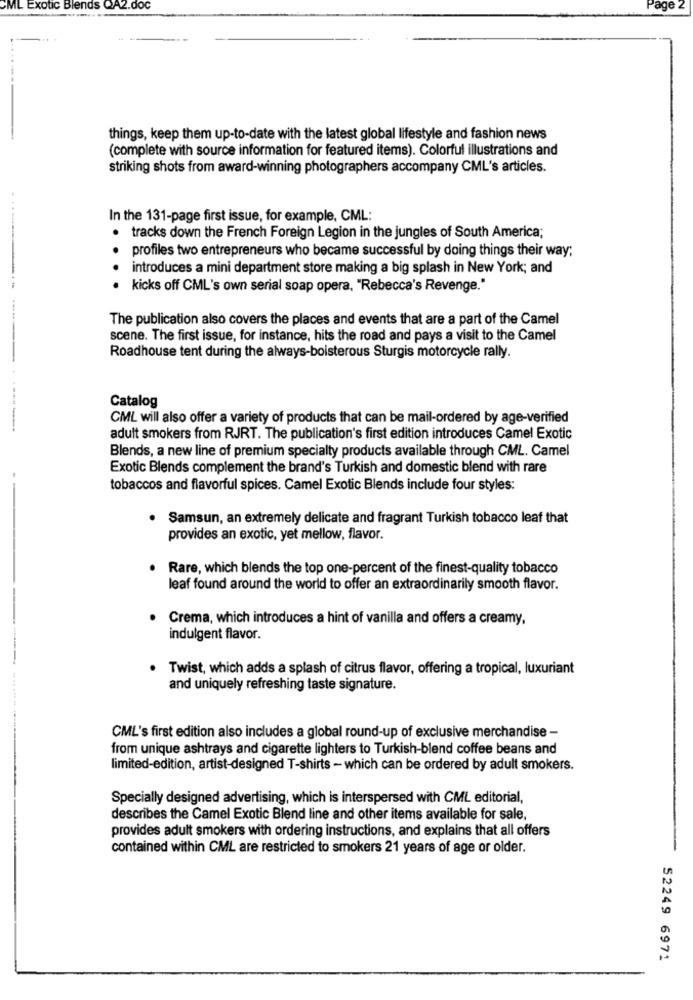
ML Exotic Blends QA2.doc
Page 2
things, keep them up-to-date with the latest global lifestyle and fashion news
(complete with source information for featured items). Colorful illustrations and
striking shots from award-winning photographers accompany CML's articles.
In the 131-page first issue, for example, CML:
tracks down the French Foreign Legion in the jungles of South America;
profiles two entrepreneurs who became successful by doing things their way;
introduces a mini department store making a big splash in New York; and
kicks off CML's own serial soap opera, "Rebecca's Revenge."
The publication also covers the places and events that are a part of the Camel
scene. The first issue, for instance, hits the road and pays a visit to the Camel
Roadhouse tent during the always-boisterous Sturgis motorcycle rally.
Catalog
CML will also offer a variety of products that can be mail-ordered by age-verified
adult smokers from RJRT. The publication's first edition introduces Camel Exotic
Blends, a new line of premium specialty products available through CML. Camel
Exotic Blends complement the brand's Turkish and domestic blend with rare
tobaccos and flavorful spices. Camel Exotic Blends include four styles:
.
Samsun, an extremely delicate and fragrant Turkish tobacco leaf that
provides an exotic, yet mellow, flavor.
Rare, which blends the top one-percent of the finest-quality tobacco
leaf found around the world to offer an extraordinarily smooth flavor.
-
Crema, which introduces a hint of vanilla and offers a creamy,
indulgent flavor.
Twist, which adds a splash of citrus flavor, offering a tropical, luxuriant
and uniquely refreshing taste signature.
CML's first edition also includes a global round-up of exclusive merchandise -
from unique ashtrays and cigarette lighters to Turkish-blend coffee beans and
limited-edition, artist-designed T-shirts - which can be ordered by adult smokers.
Specially designed advertising, which is interspersed with CML editorial,
describes the Camel Exotic Blend line and other items available for sale,
provides adult smokers with ordering instructions, and explains that all offers
contained within CML are restricted to smokers 21 years of age or older.
52249 6971